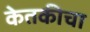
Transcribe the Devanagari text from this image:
केतकीचा